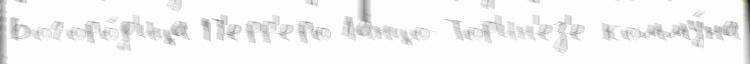
Богоро́д'ица П'ерр'еро Ланцо-Тор'ин'ез'е комму́на